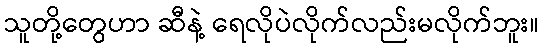
သူတို့တွေဟာ ဆီနဲ့ ရေလိုပဲလိုက်လည်းမလိုက်ဘူး။